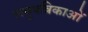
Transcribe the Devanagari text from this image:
लघुपत्रिकाओं